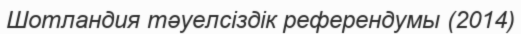
Шотландия тәуелсіздік референдумы (2014)